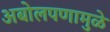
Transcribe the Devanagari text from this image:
अबोलपणामुळे